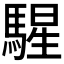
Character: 𩤵